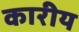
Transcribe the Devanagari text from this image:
कारीय